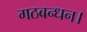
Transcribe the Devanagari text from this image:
गठबन्धन।